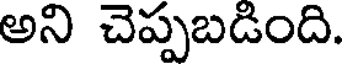
అని చెప్పబడింది.